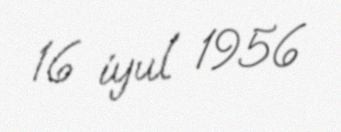
16 iyul 1956